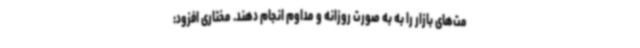
مت‌های بازار را به به صورت روزانه و مداوم انجام دهند. مختاری افزود: